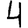
Digit: 4